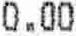
0.00